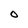
Character: O